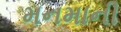
મનમાની